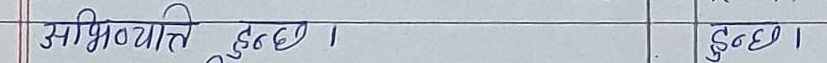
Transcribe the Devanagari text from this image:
अभिव्यक्ति हुन्छ। हुन्छ।